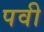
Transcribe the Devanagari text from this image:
पवी